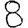
Digit: 8